Insane asylums in Bengal annual reports 1876-1887 - 1876-1887
Year: 1876
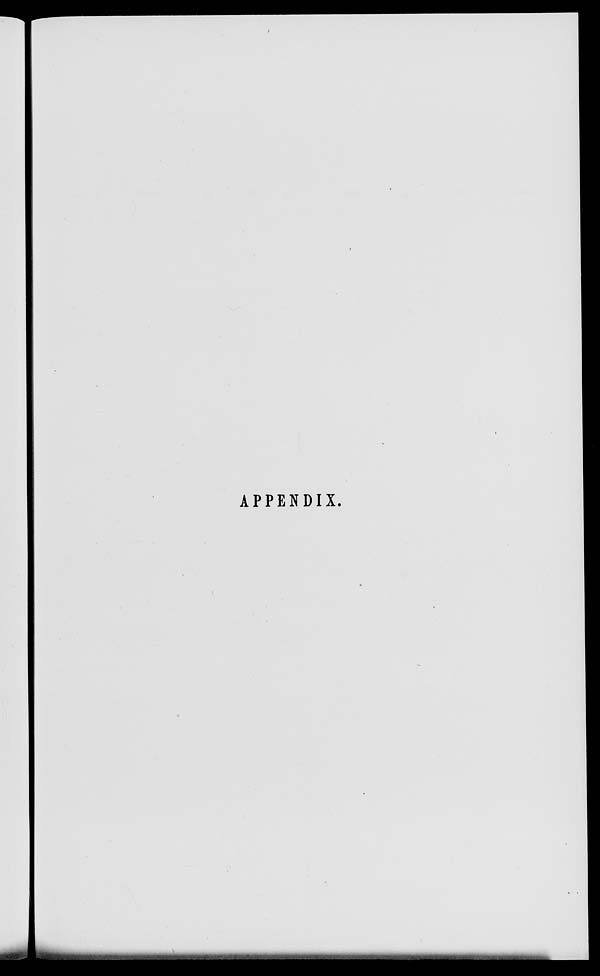
APPENDIX.